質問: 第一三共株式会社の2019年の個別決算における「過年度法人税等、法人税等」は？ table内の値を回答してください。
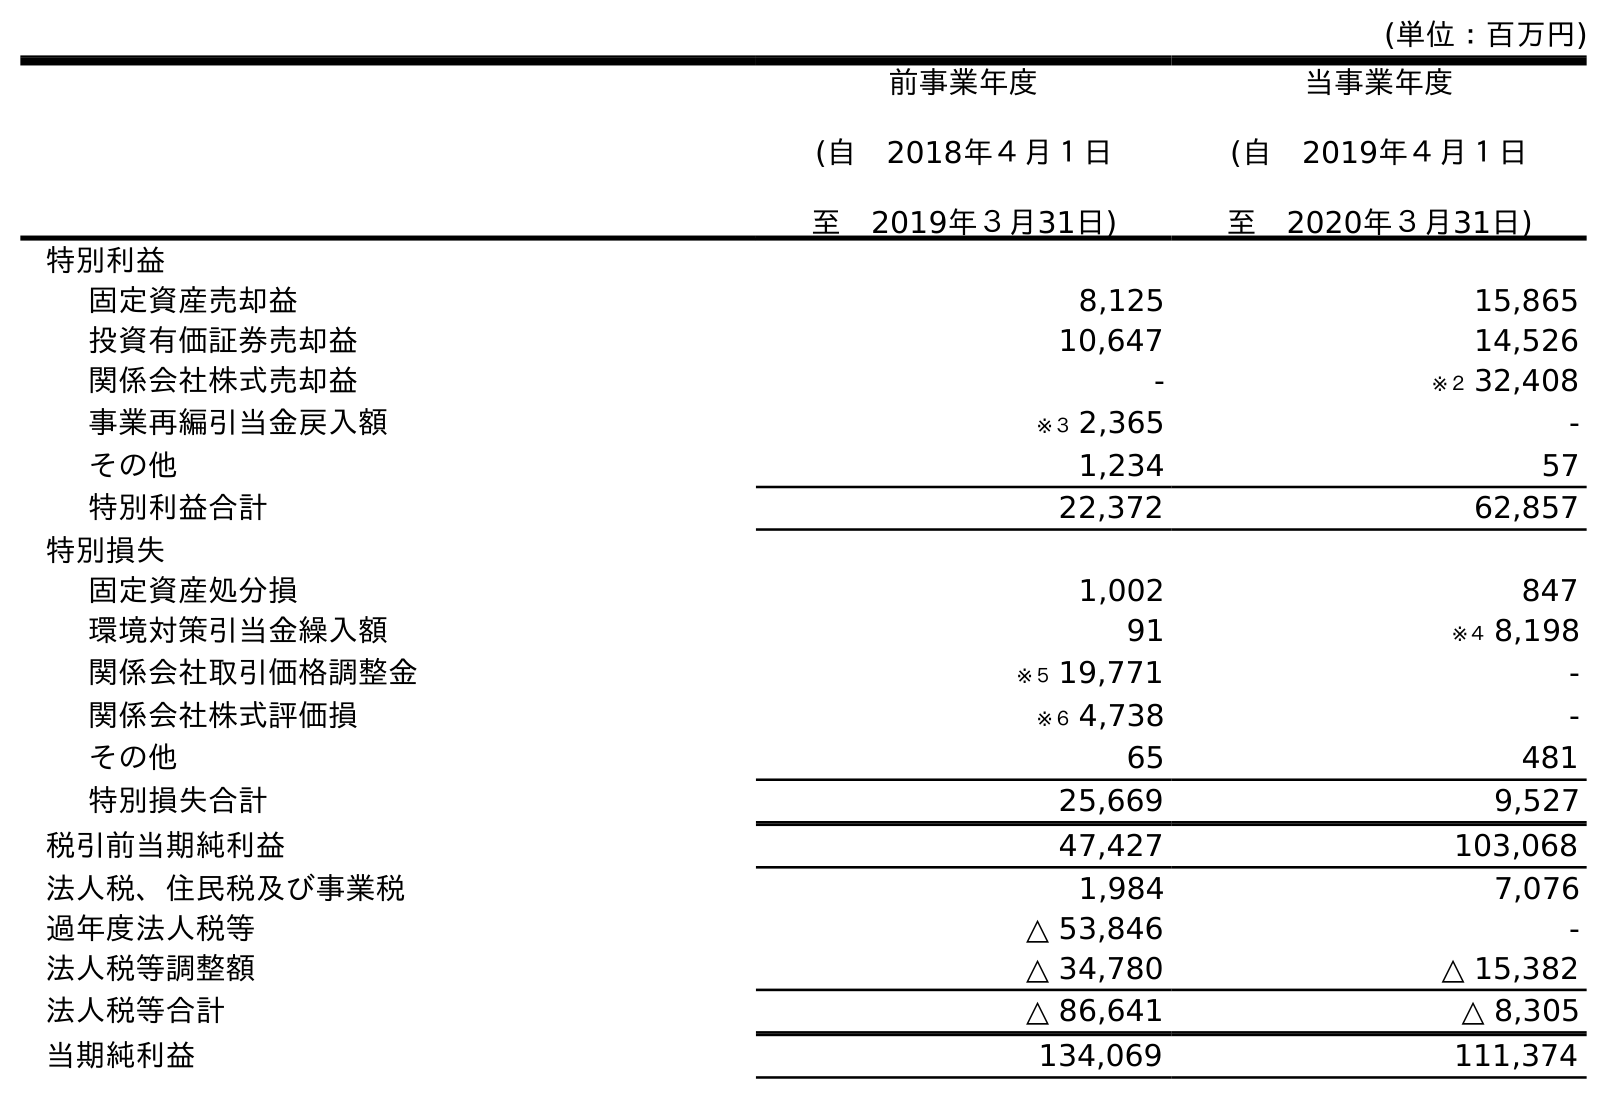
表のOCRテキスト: (単位：百万円) 前事業年度 (自 2018年４月１日 至 2019年３月31日) 当事業年度 (自 2019年４月１日 至 2020年３月31日) 特別利益 固定資産売却益 8,125 15,865 投資有価証券売却益 10,647 14,526 関係会社株式売却益 - ※２ 32,408 事業再編引当金戻入額 ※３ 2,365 - その他 1,234 57 特別利益合計 22,372 62,857 特別損失 固定資産処分損 1,002 847 環境対策引当金繰入額 91 ※４ 8,198 関係会社取引価格調整金 ※５ 19,771 - 関係会社株式評価損 ※６ 4,738 - その他 65 481 特別損失合計 25,669 9,527 税引前当期純利益 47,427 103,068 法人税、住民税及び事業税 1,984 7,076 過年度法人税等 △ 53,846 - 法人税等調整額 △ 34,780 △ 15,382 法人税等合計 △ 86,641 △ 8,305 当期純利益 134,069 111,374
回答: △53,846